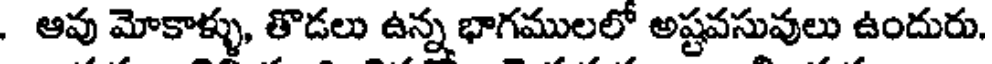
. ఆవు మోకాళ్ళు, తొడలు ఉన్న భాగములలో అష్టవసువులు ఉందురు.